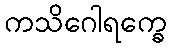
ကသိဂေါရက္ခေ